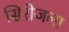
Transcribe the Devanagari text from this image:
सिरीजला